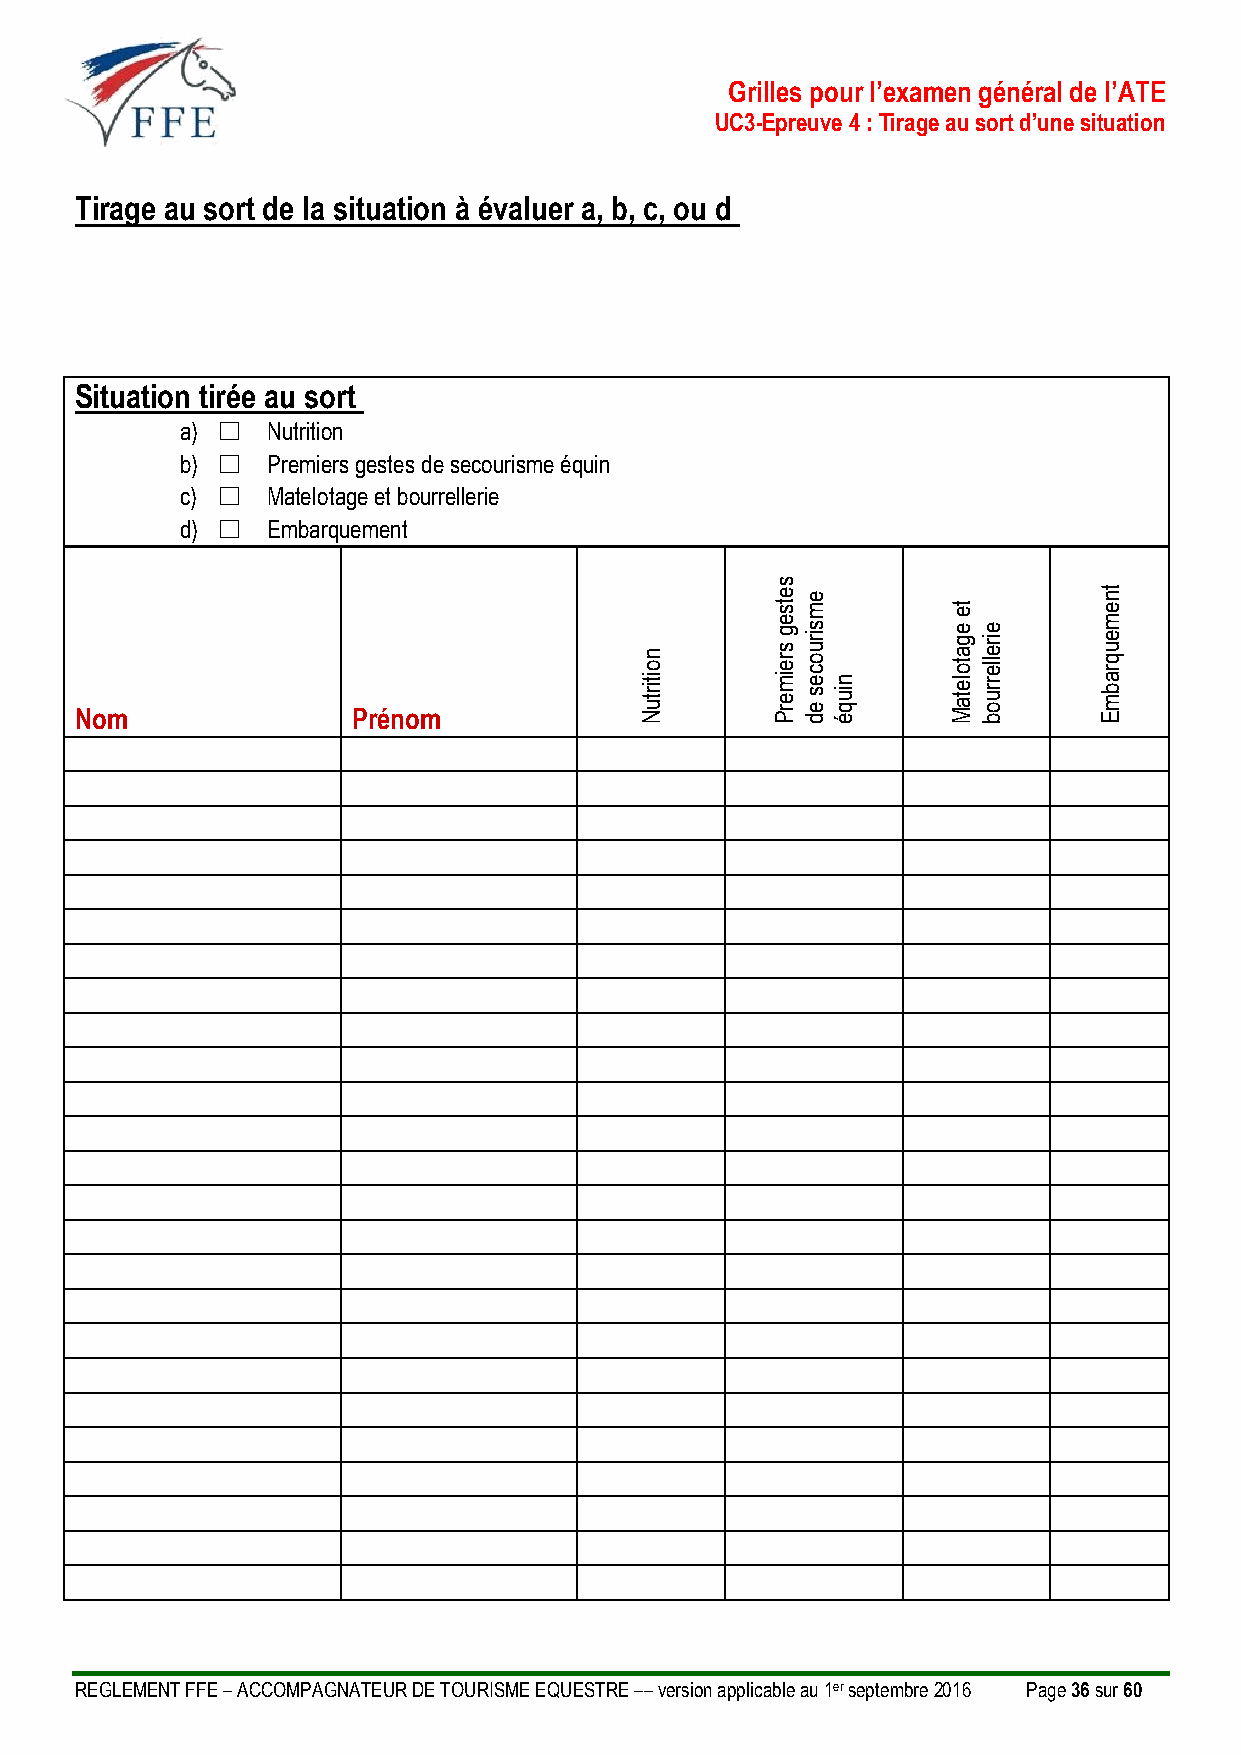
Grilles pour l’examen général de l’ATE
 UC3-Epreuve 4 : Tirage au sort d’une situation
 Tirage au sort de la situation à évaluer a, b, c, ou d
 Situation tirée au sort
 a) ☐  Nutrition
 b) ☐  Premiers gestes de secourisme équin
 c) ☐  Matelotage et bourrellerie
 d) ☐  Embarquement
 s
 e
 ts
 e
 m         te
 tn
 e
 Nom               Prénom
 n o
 itir tu
 N
 e g
 s r e
 im e
 r
 Ps ir
 u o c
 e s
 e d
 n iu
 q é
 e g
 a to
 le ta
 M
 e ir
 e lle
 r r u
 o b
 m e
 u q r
 a b m
 E
 REGLEMENT FFE – ACCOMPAGNATEUR DE TOURISME EQUESTRE –– version applicable au 1er septembre 2016 Page 36 sur 60